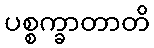
ပစ္စက္ခာတာတိ